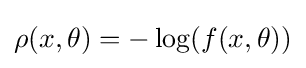
\rho (x,\theta )=-\log(f(x,\theta ))